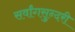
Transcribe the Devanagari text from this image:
सर्वांगसुन्दरी